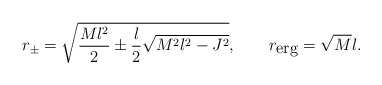
\begin{align*}r_\pm=\sqrt{\frac{Ml^2}{2}\pm\frac{l}{2}\sqrt{M^2l^2-J^2}},\;\;\;\;\;\;\;r_{\mbox{erg}}=\sqrt{M}l.\end{align*}